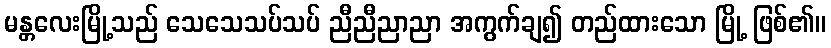
မန္တလေးမြို့သည် သေသေသပ်သပ် ညီညီညာညာ အကွက်ချ၍ တည်ထားသော မြို့ ဖြစ်၏။